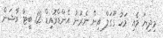
މިދިޔަ މެއި މަހު ގޫގަލް އިން ނެރުނު އެންޑްރޮއިޑް 12 ބީޓާ ވާޝަން